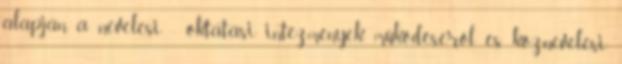
alapján a nevelési - oktatási intézmények működéséről és köznevelési